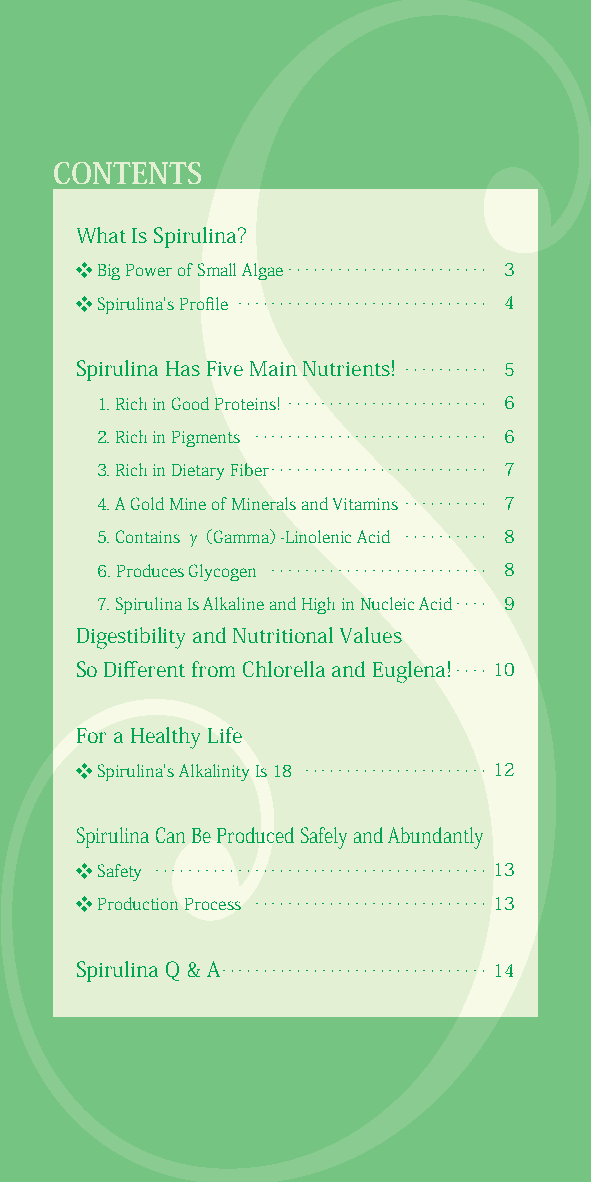
CONTENTS
 What Is Spirulina?
 ❖ Big Power of Small Algae ‥‥‥‥‥‥‥‥‥‥‥‥ 3
 ❖ Spirulina's Profile ‥‥‥‥‥‥‥‥‥‥‥‥‥‥‥ 4
 Spirulina Has Five Main Nutrients! ‥‥‥‥‥ 5
 1. Rich in Good Proteins! ‥‥‥‥‥‥‥‥‥‥‥‥ 6
 2. Rich in Pigments ‥‥‥‥‥‥‥‥‥‥‥‥‥‥ 6
 3. Rich in Dietary Fiber ‥‥‥‥‥‥‥‥‥‥‥‥‥ 7
 4. A Gold Mine of Minerals and Vitamins ‥‥‥‥‥ 7
 5. Contains γ（Gamma）-Linolenic Acid ‥‥‥‥‥ 8
 6. Produces Glycogen ‥‥‥‥‥‥‥‥‥‥‥‥‥ 8
 7. Spirulina Is Alkaline and High in Nucleic Acid ‥‥ 9
 Digestibility and Nutritional Values
 So Different from Chlorella and Euglena! ‥‥10
 For a Healthy Life
 ❖ Spirulina's Alkalinity Is 18 ‥‥‥‥‥‥‥‥‥‥‥12
 Spirulina Can Be Produced Safely and Abundantly
 ❖ Safety ‥‥‥‥‥‥‥‥‥‥‥‥‥‥‥‥‥‥‥‥13
 ❖ Production Process ‥‥‥‥‥‥‥‥‥‥‥‥‥‥13
 Spirulina Q & A ‥‥‥‥‥‥‥‥‥‥‥‥‥‥‥‥14